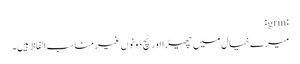
:grin:
میرے خیال میں چھیڑا اور ٹچ دونوں غیر مناسب الفاظ ہیں۔